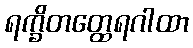
ရက္ခိတတ္ထေရဂါထာ